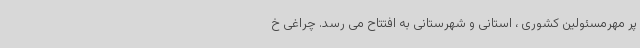
پر مهرمسئولین کشوری ، استانی و شهرستانی به افتتاح می رسد. چراغی خ